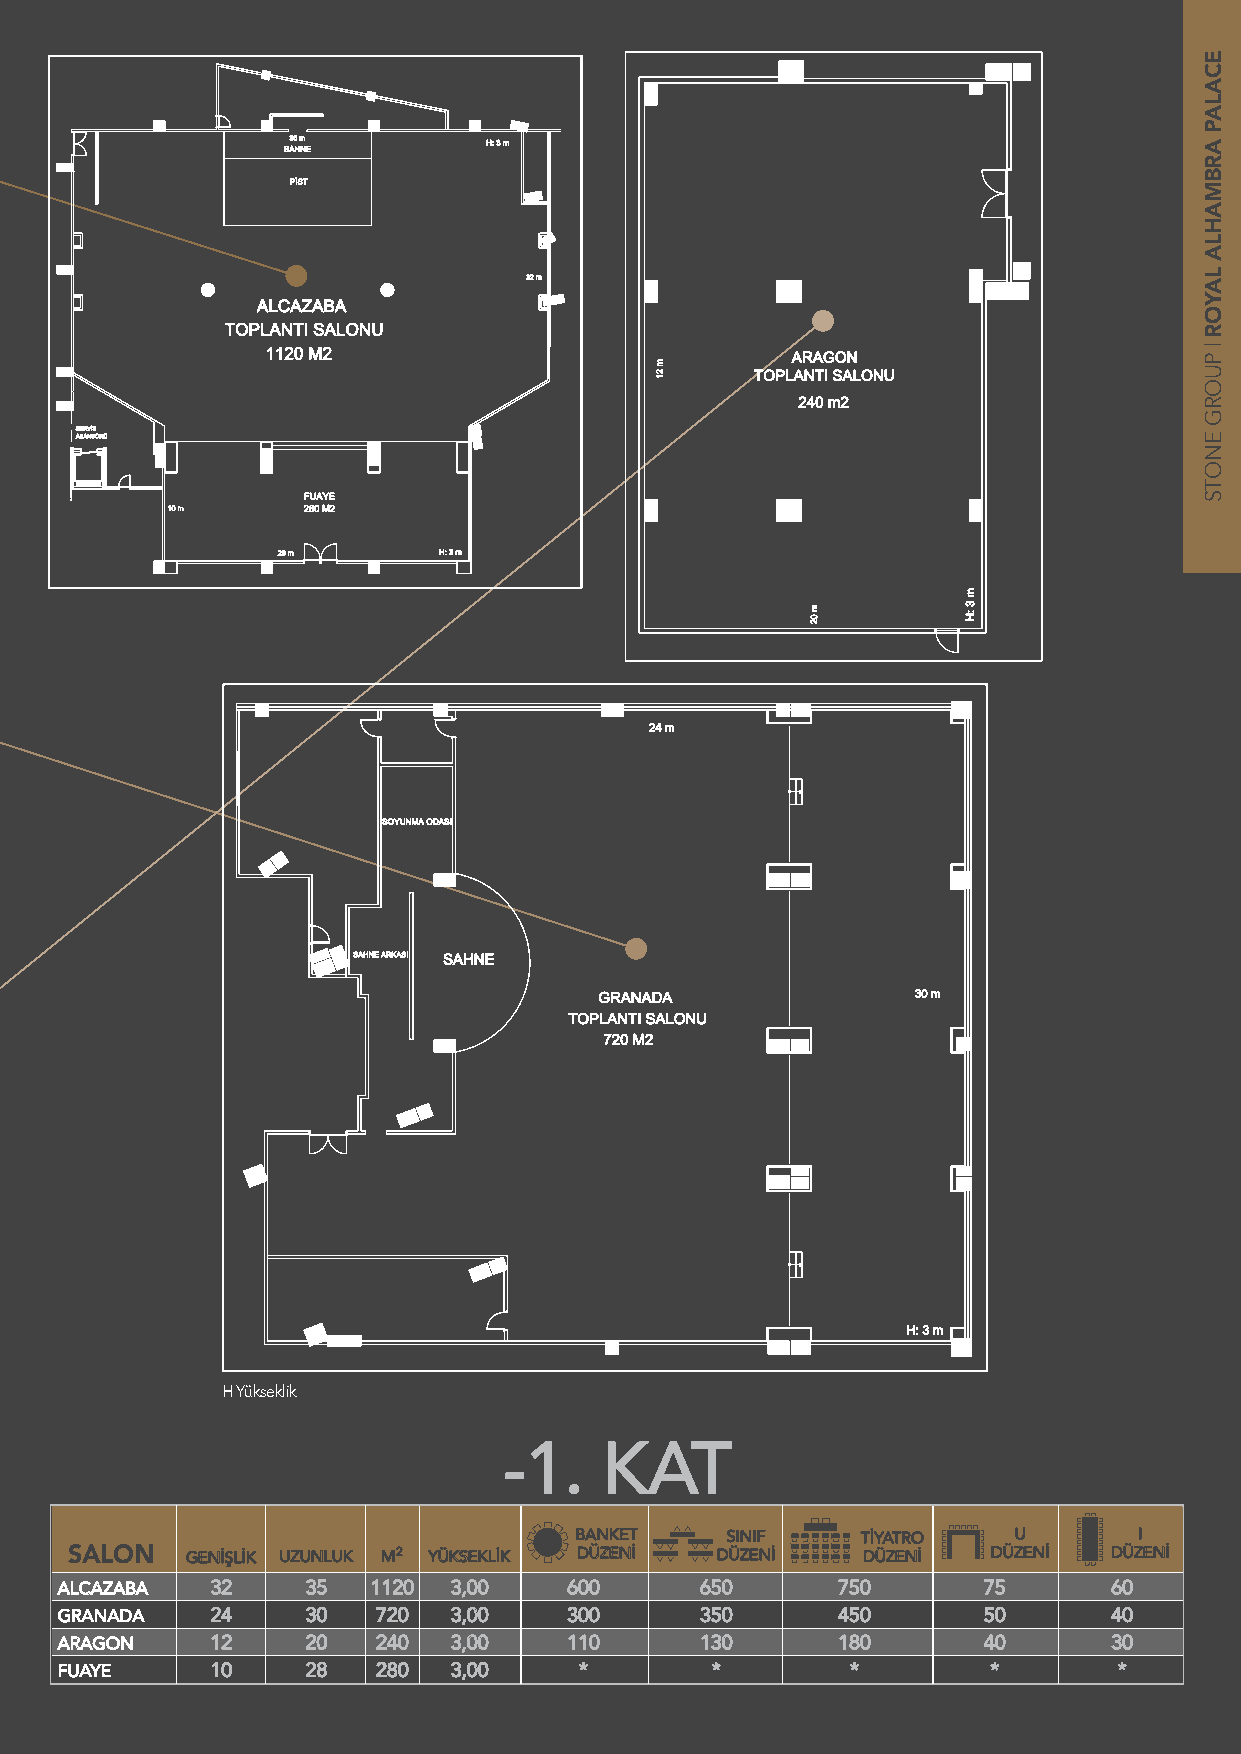
H Yükseklik
 -1.    KAT
 BANKET    SINIF    TİYATRO   U       I
 SALON  GENİŞLİK UZUNLUK M2 YÜKSEKLİK DÜZENİ DÜZENİ  DÜZENİ   DÜZENİ DÜZENİ
 ALCAZABA  32    35   1120 3,00    600     650      750       75       60
 GRANADA   24    30   720  3,00    300     350      450       50       40
 ARAGON    12    20   240  3,00    110     130      180       40       30
 FUAYE     10    28   280  3,00    *        *        *         *       *
 ECALAP
 ARBMAHLA
 LAYOR
 |
 PUORG
 ENOTS